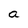
Character: a